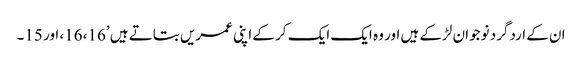
ان کے اردگرد نوجوان لڑکے ہیں اور وہ ایک ایک کر کے اپنی عمریں بتاتے ہیں ’16، 16، اور 15۔